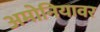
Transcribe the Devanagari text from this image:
अमोनियावर